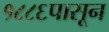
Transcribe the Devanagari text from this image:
१८८६पासून